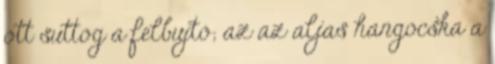
ott suttog a felbujtó; az az aljas hangocska a